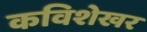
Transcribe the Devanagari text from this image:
कविशेखर